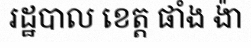
រដ្ឋបាល ខេត្ត ផាំង ង៉ា